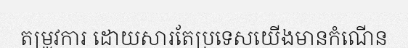
តម្រូវការ ដោយសារតែប្រទេសយើងមានកំណើន